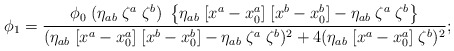
\begin{align*}\phi_1 = {\phi_0 \; (\eta_{ab} \; \zeta^a \; \zeta^b) \;\left\{\eta_{ab} \;[x^a-x_0^a] \; [x^b-x_0^b] - \eta_{ab} \; \zeta^a \; \zeta^b \right\}\over(\eta_{ab} \;[x^a-x_0^a] \; [x^b-x_0^b] - \eta_{ab} \; \zeta^a \; \zeta^b )^2 +4 (\eta_{ab} \;[x^a-x_0^a] \; \zeta^b)^2};\end{align*}